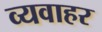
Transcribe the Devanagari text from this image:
व्यवाहर